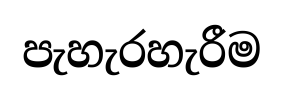
පැහැරහැරීම